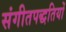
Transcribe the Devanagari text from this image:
संगीतपद्धतियों